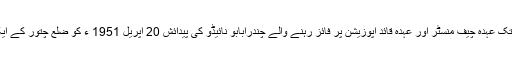
متحدہ آندھراپردیش کے سب سے طویل مدت تک عہدہ چیف منسٹر اور عہدہ قائد اپوزیشن پر فائز رہنے والے چندرابابو نائیڈو کی پیدائش 20 اپریل 1951 ء کو ضلع چتور کے ایک چھوٹے سے گاؤں نراواری پلے میں ہوئی۔